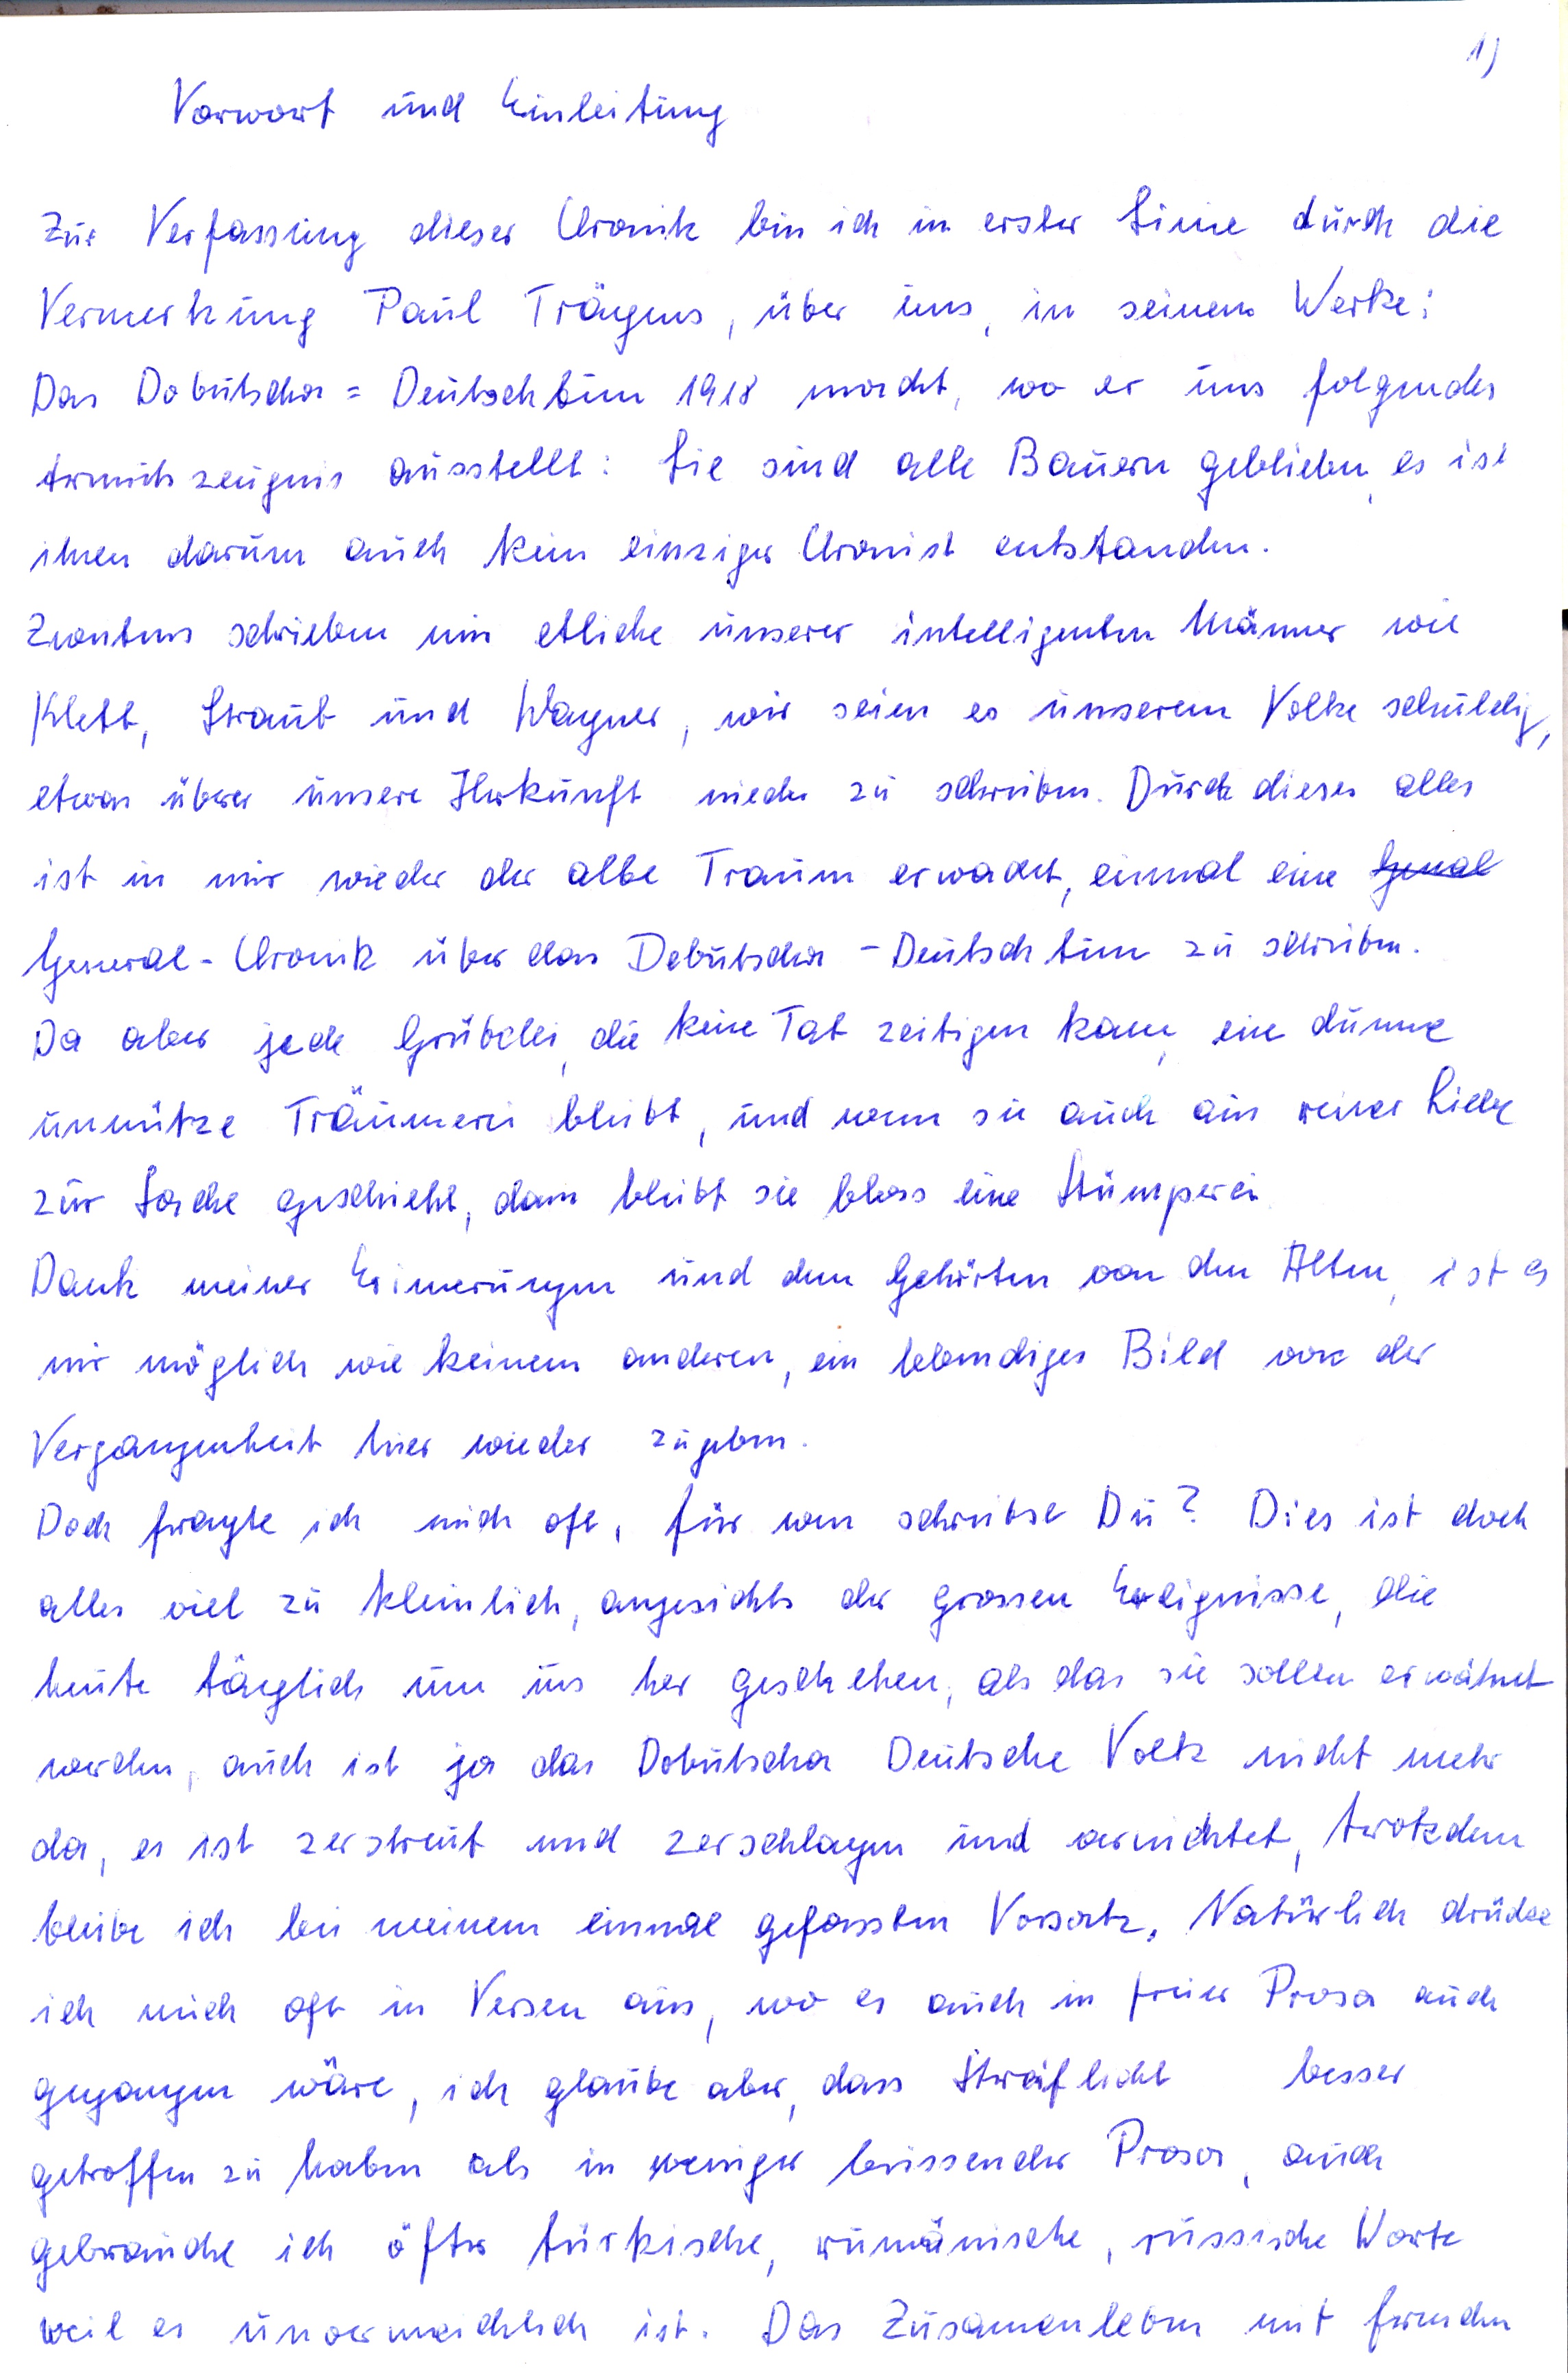
Vorwort und Einleitung
Zur Verfassung dieser Chronik bin ich in erster Linie durch die
Vermerkung Paul Trägers, über uns, in seinem Werke:
Das Dobrutscha = Deutschtum 1918 macht, wo er uns folgendes
Armutszeugnis ausstellt: sie sind alle Bauern geblieben, es ist
ihnen darum auch kein einziger Chronist entstanden.
Zwentens schrieben mir etliche unserer intelligenten Männer wie
Klett, Straub und Wagner, wir seien es unserem Volke schuldig,
etwas über unsere Herkunft nieder zu schreiben. Durch dieses alles
ist in mir wieder der alte Traum er wachet, einmal eine Genal
General - Chronik über das Dobrutscha-Deutsch tum zu schreiben.
Da aber jede Grübelei, die keine Tat zeitigen kann, eine dumme
unnütze Träumerei bleibt, und wenn sie auch aus reiner Liebe
zur Sache geschieht, dann bleibt sie bloss eine Stümperei
Dank meiner Erinnerungen und dem Gehörten von den Alten, ist es
mir möglich wie keinem anderen, ein lebendiges Bild von der
Vergangenheit hier wieder zugeben.
Doch fragte ich mich oft, für wen schreibst Du? Dies ist doch
alles viel zu kleinlich, angesichts der grossen Ereignisse, die
heute täglich um uns her geschehen, als das sie sollen er wähnet
werden, auch ist ja das Dobrutscha Deutsche Volk nicht mehr
da, es ist zerstört und zerschlagen und vernichtet, trotzdem
bleibe ich bei meinem einmal gefassten Vorsatz. Natürlich drücke
ich mich oft in Versen aus, wo es auch in freier Prosa auch
gegangen wäre, ich glaube aber,  dass Streiflicht besser
 getroffen zu haben als in weniger brissender Prosa, auch
gebrauche ich öfter türkische, rumänische, russische Worte
weil es unvermeidlich ist. Das Zusammenleben mit fremden